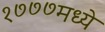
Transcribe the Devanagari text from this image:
१७७७मध्ये